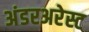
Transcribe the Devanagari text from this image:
अंडरअरेस्ट